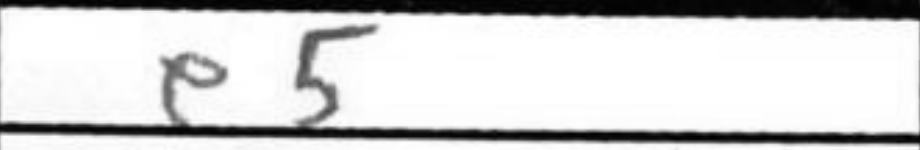
Transcription: e5